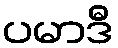
ပမာဒီ